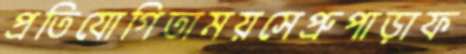
প্রতিযোগিতাময়সেপ্রুপাড়াফ